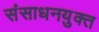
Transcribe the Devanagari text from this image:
संसाधनयुक्त